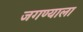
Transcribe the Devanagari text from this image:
जगण्याला